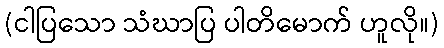
(ငါပြသော သံဃာပြ ပါတိမောက် ဟူလို။)